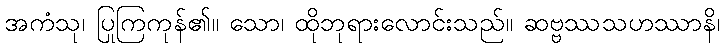
အကံသု၊ ပြုကြကုန်၏။ သော၊ ထိုဘုရားလောင်းသည်။ ဆဗ္ဗဿသဟဿာနိ၊